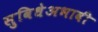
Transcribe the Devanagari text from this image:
सुविधेअभावी